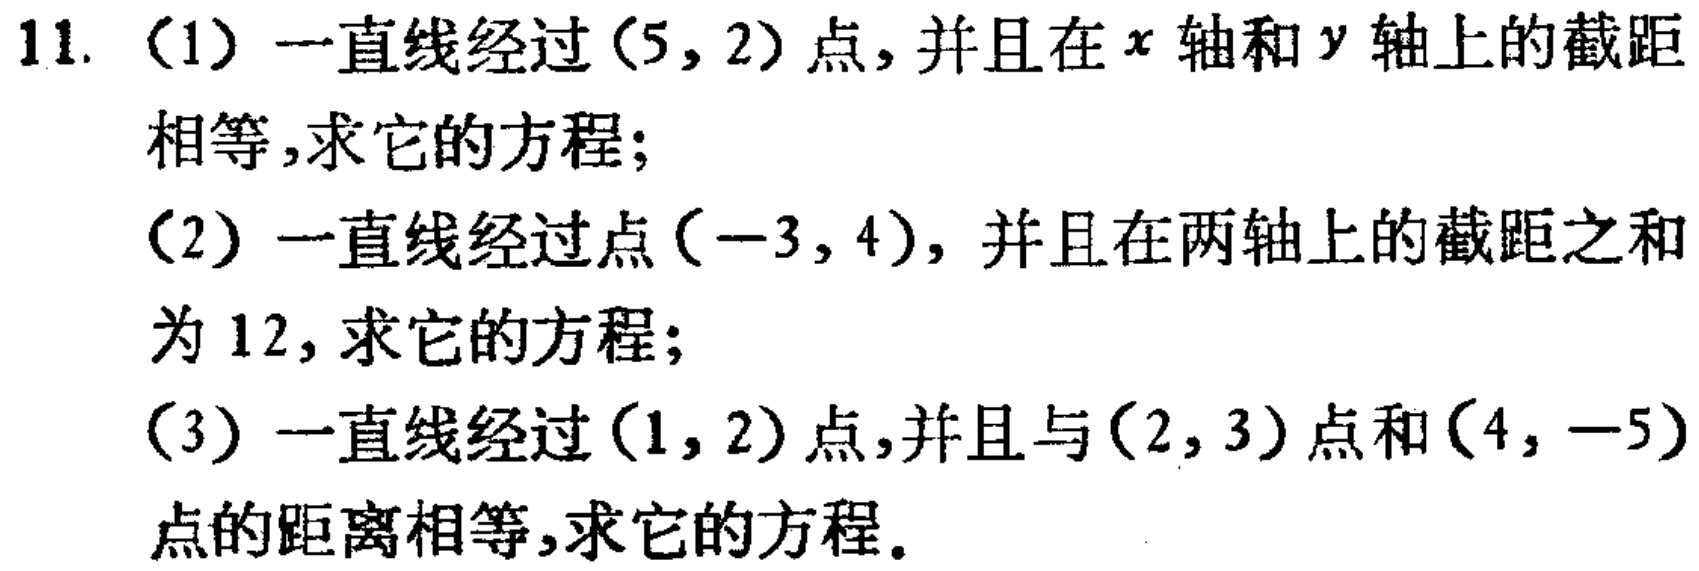
11. （1）一直线经过\((5,2)\)点，并且在\(x\)轴和\(y\)轴上的截距相等，求它的方程；
（2）一直线经过点\((-3,4)\)，并且在两轴上的截距之和为\(12\)，求它的方程；
（3）一直线经过\((1,2)\)点，并且与\((2,3)\)点和\((4,-5)\)点的距离相等，求它的方程。